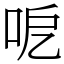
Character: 呝